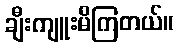
ချီးကျူးမိကြတယ်။